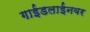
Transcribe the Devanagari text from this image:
गाईडलाईनवर